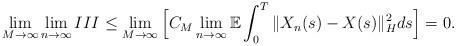
LaTeX: \begin{align*}\lim_{M\rightarrow\infty}\lim_{n\rightarrow\infty} III \leq \lim_{M\rightarrow\infty}\Big[ C_M \lim_{n\rightarrow\infty} \mathbb{E} \int_0^{T} \Vert X_n(s) - X(s) \Vert_H^2 ds \Big] = 0 .\end{align*}